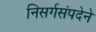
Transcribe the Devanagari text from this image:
निसर्गसंपदेने